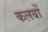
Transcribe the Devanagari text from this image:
कलबों